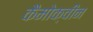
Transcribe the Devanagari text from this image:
कैमोक्वीन